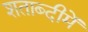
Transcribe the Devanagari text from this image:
शताब्‍दीमें